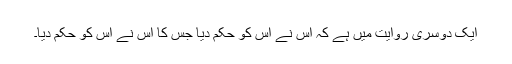
ایک دوسری روایت میں ہے کہ اس نے اس کو حکم دیا جس کا اس نے اس کو حکم دیا۔